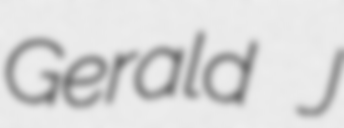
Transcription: Gerald J